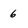
Character: 6